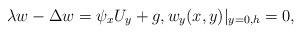
LaTeX: \begin{align*}\lambda w- \Delta w = \psi_x U_y + g, w_y(x,y)\vert_{y=0, h}=0,\end{align*}